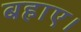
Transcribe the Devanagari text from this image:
बहाए।